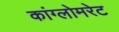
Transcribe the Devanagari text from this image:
कांग्लोमरेट